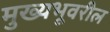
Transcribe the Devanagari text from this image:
मुख्यभूवरील